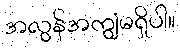
အလွန်အကျွံမရှိပါ။